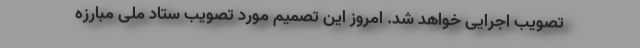
تصویب اجرایی خواهد شد. امروز این تصمیم مورد تصویب ستاد ملی مبارزه